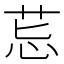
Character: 𦮤